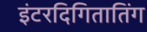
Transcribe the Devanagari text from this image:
इंटरदिगितातिंग